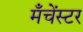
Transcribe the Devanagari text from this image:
मँचेंस्टर